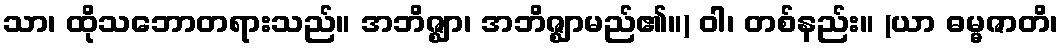
သာ၊ ထိုသဘောတရားသည်။ အဘိဇ္ဈာ၊ အဘိဇ္ဈာမည်၏။) ဝါ၊ တစ်နည်း။ (ယာ ဓမ္မဇာတိ၊